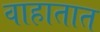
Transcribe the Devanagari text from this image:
वाहातात